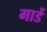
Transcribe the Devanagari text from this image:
गार्डे